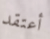
أعتقد